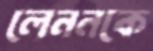
লেননকে